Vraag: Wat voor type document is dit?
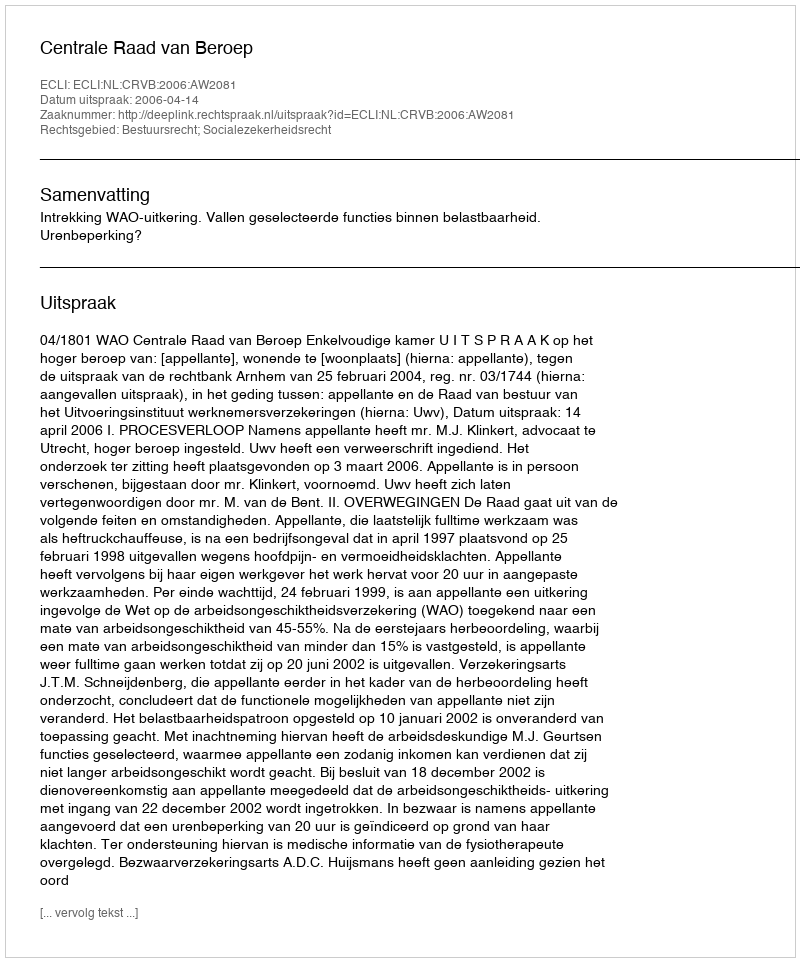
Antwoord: Uitspraak